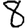
Digit: 8